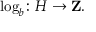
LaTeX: \log _ { b } \colon H \rightarrow \mathbf { Z } .